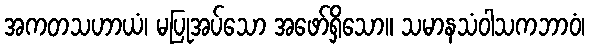
အကတသဟာယံ၊ မပြုအပ်သော အဖော်ရှိသော။ သမာနသံဝါသကဘာဝံ၊